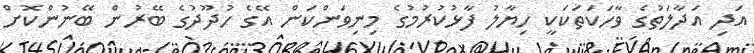
އަދި އަދާލަތުގެ ވާހަކަތަކަކީ ހިޔާލު ފާޅުކުރުމުގެ މިނިވަންކަން އޭގެ ހުދޫދުގެ ބޭރުން ބޭނުންކޮށް